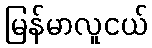
မြန်မာလူငယ်